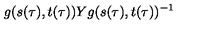
g ( s ( \tau ) , t ( \tau ) ) Y g ( s ( \tau ) , t ( \tau ) ) ^ { - 1 }